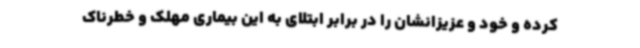
کرده و خود و عزیزانشان را در برابر ابتلای به این بیماری مهلک و خطرناک